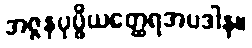
အဇ္ဇနပုပ္ဖိယတ္ထေရအပဒါန။